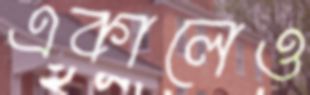
একালেও